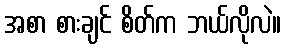
အစာ စားချင် စိတ်က ဘယ်လိုလဲ။